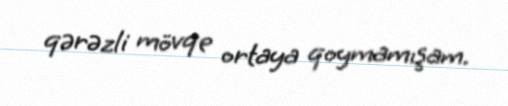
qərəzli mövqe ortaya qoymamışam.